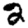
Digit: 2